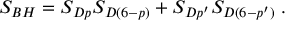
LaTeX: { \cal S } _ { B H } = S _ { D p } S _ { D ( 6 - p ) } + S _ { D p ^ { \prime } } S _ { D ( 6 - p ^ { \prime } ) } \; .